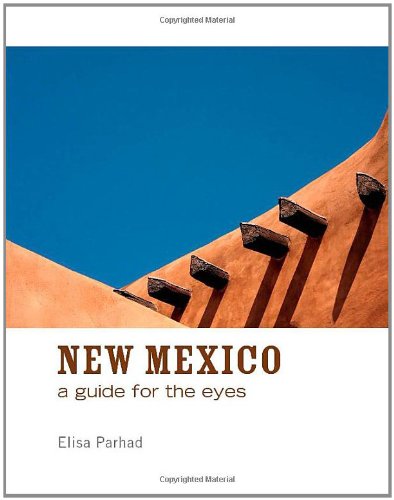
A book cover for New Mexico: A Guide for the Eyes; Elisa Parhad; Travel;